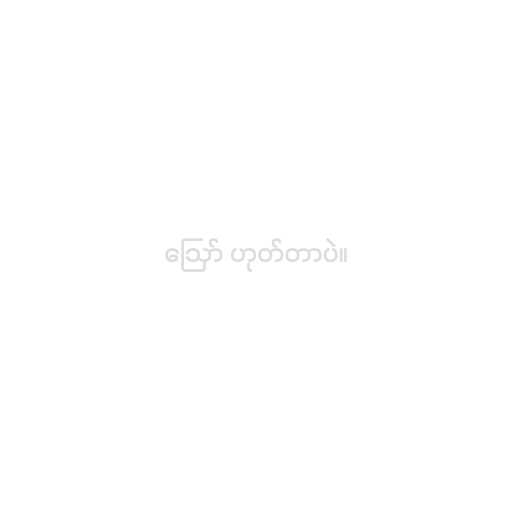
ဪ ဟုတ်တာပဲ။